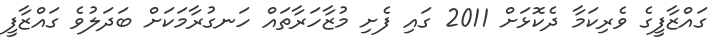
ގައްޒާފީގެ ވެރިކަމާ ދެކޮޅަށް 2011 ގައި ފެށި މުޒާހަރާތައް ހަނގުރާމަކަށް ބަދަލުވެ ގައްޒާފީ